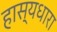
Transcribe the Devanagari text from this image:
हास्यधारा